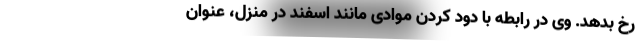
رخ بدهد. وی در رابطه با دود کردن موادی مانند اسفند در منزل، عنوان